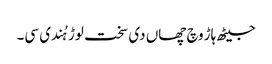
جیٹھ ہاڑ وچ چھاں دی سخت لوڑ ہُندی سی۔